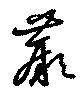
蕨